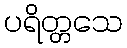
ပရိတ္တသေ